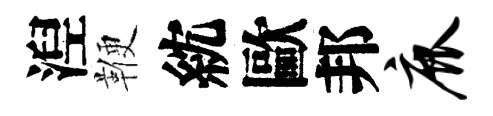
湼鞭紞歐邦鹿